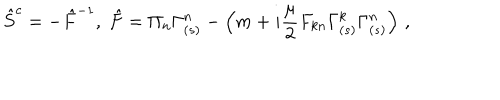
\hat { S } ^ { c } = - \hat { F } ^ { - 1 } , \; \hat { F } = \Pi _ { n } \Gamma _ { ( s ) } ^ { n } - \left( m + i \frac { \mu } { 2 } F _ { k n } \Gamma _ { ( s ) } ^ { k } \Gamma _ { ( s ) } ^ { n } \right) \, ,